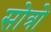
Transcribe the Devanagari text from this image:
सोत्रो